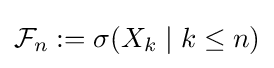
{\mathcal {F}}_{n}:=\sigma (X_{k}\mid k\leq n)